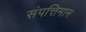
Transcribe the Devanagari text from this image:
संपत्तिमान